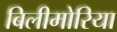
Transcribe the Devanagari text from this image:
बिलीमोरिया